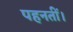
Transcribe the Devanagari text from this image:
पहनतीं।